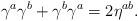
LaTeX: \begin{align*}\gamma^a \gamma^b + \gamma^b \gamma^a = 2 \eta^{ab}.\end{align*}